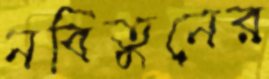
নবিতুনের